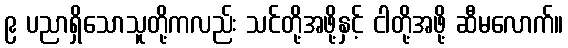
၉ ပညာရှိသောသူတို့ကလည်း သင်တို့အဖို့နှင့် ငါတို့အဖို့ ဆီမလောက်။